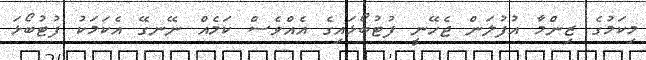
މިކަމުގެ ޒިންމާ އުފުލަން ޖެހޭނީ ފުޓުބޯޅައިގެ އެއްވެސް ކަމެއް ނޭނގޭ އެކަމަކު ފުޓުބޯޅަ